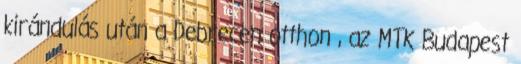
kirándulás után a Debrecen otthon , az MTK Budapest